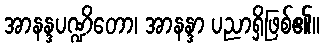
အာနန္ဒပဏ္ဍိတော၊ အာနန္ဒာ ပညာရှိဖြစ်၏။